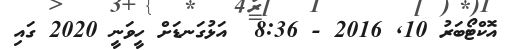
އޮކްޓޯބަރު 10